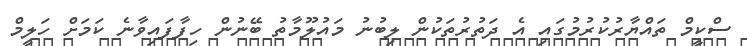
ސްކީމް ތައްޔާރުކުުރުމުގައި އެ ދަތުރުތަކުން ލިބުނު މައުލޫމާތު ބޭނުން ހިފާފައިވާނެ ކަމަށް ހަލީމް